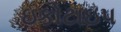
ઇકોટાઇપ